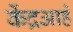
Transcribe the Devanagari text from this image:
केंद्रआहे